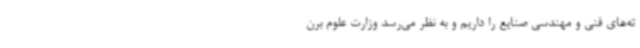
ته‌های فنی و مهندسی صنایع را داریم و به نظر می‌رسد وزارت علوم برن